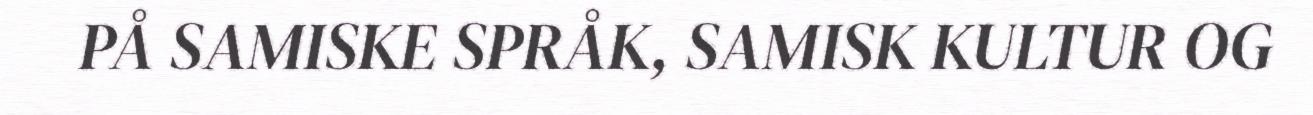
PÅ SAMISKE SPRÅK, SAMISK KULTUR OG